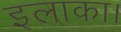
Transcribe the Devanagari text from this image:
इलाका।